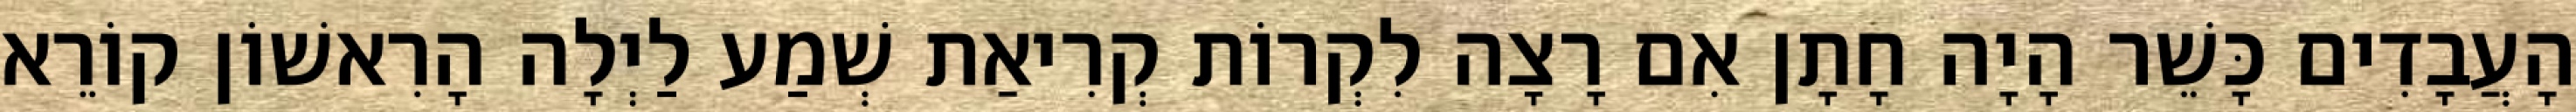
הָעֲבָדִים כָּשֵׁר הָיָה חָתָן אִם רָצָה לִקְרוֹת קְרִיאַת שְׁמַע לַיְלָה הָרִאשׁוֹן קוֹרֵא